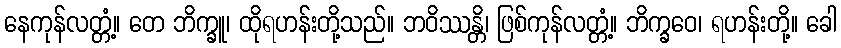
နေကုန်လတ္တံ့။ တေ ဘိက္ခူ၊ ထိုရဟန်းတို့သည်။ ဘဝိဿန္တိ၊ ဖြစ်ကုန်လတ္တံ့။ ဘိက္ခဝေ၊ ရဟန်းတို့။ ခေါ